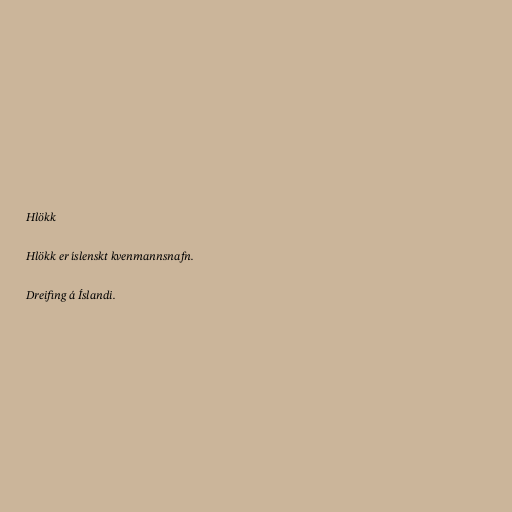
Hlökk

Hlökk er íslenskt kvenmannsnafn.

Dreifing á Íslandi.